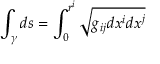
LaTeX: \int _ { \gamma } d s = \int _ { 0 } ^ { r ^ { i } } \sqrt { g _ { i j } d x ^ { i } d x ^ { j } }